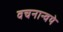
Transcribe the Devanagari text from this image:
वचनान्वये